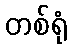
တစ်ရုံ